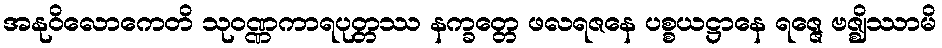
အနုဝိလောကေတိ သုဝဏ္ဏကာရပုတ္တဿ နက္ခတ္တေ ဖလရဇနေ ပစ္စယဋ္ဌာနေ ရဇ္ဇေ ဗဇ္ဈိဿာမိ